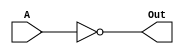
module Not(A, Out); 
    input A;
    output Out; 
    
    //assign Out = ~A; 
    not(Out, A); 
endmodule